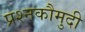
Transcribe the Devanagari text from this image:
प्रश्नकौमुदी